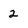
Character: 2